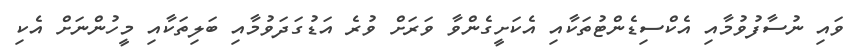
ވައި ނުސާފުވުމާއި އެކްސިޑެންޓުތަކާއި އެކަށީގެންވާ ވަރަށް ވުރެ އަޑުގަދަވުމާއި ބަލިތަކާއި މީހުންނަށް އެކި